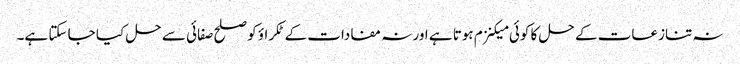
نہ تنازعات کے حل کا کوئی میکنزم ہوتا ہے اور نہ مفادات کے ٹکراؤ کو صلح صفائی سے حل کیا جا سکتا ہے۔